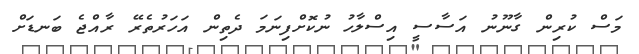
މަސް ކުރިން ގާނޫނު އަސާސީ އިސްލާހު ނުކޮށްފިނަމަ ދެތިން އަހަރުތެރޭ ރާއްޖެ ބަނޑަށް